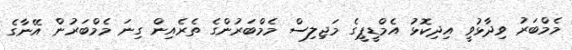
މެމްބަރު ވިދާޅުވީ އިދިކޮޅު އެމްޑީޕީގެ މަޖިލިސް މެމްބަރުންގެ ތެރެއިން ގިނަ މެމްބަރުން އޭނާގެ